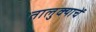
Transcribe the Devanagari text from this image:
तालुक्याचें